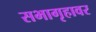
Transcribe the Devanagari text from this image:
सभागृहावर